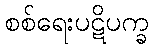
စစ်ရေးပဋိပက္ခ